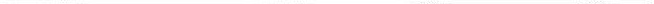
___